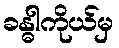
ခန္ဓါကိုယ်မှ